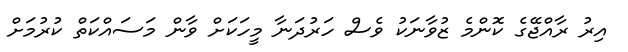
އިރު ރާއްޖޭގެ ކޮންމެ ޒުވާނަކު ވެސް ހަރުދަނާ މީހަކަށް ވާން މަސައްކަތް ކުރުމަށް